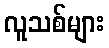
လူသစ်များ